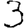
Digit: 3